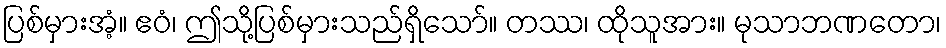
ပြစ်မှားအံ့။ ဧဝံ၊ ဤသို့ပြစ်မှားသည်ရှိသော်။ တဿ၊ ထိုသူအား။ မုသာဘဏတော၊